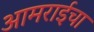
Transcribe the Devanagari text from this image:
आमराईचा